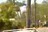
મીનીટથી